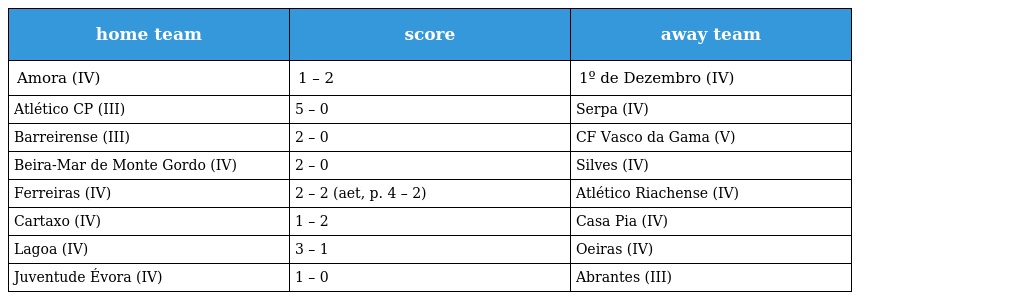
| home team | score | away team |
 | --- | --- | --- |
 | Amora (IV) | 1 – 2 | 1º de Dezembro (IV) |
 | Atlético CP (III) | 5 – 0 | Serpa (IV) |
 | Barreirense (III) | 2 – 0 | CF Vasco da Gama (V) |
 | Beira-Mar de Monte Gordo (IV) | 2 – 0 | Silves (IV) |
 | Ferreiras (IV) | 2 – 2 (aet, p. 4 – 2) | Atlético Riachense (IV) |
 | Cartaxo (IV) | 1 – 2 | Casa Pia (IV) |
 | Lagoa (IV) | 3 – 1 | Oeiras (IV) |
 | Juventude Évora (IV) | 1 – 0 | Abrantes (III) |